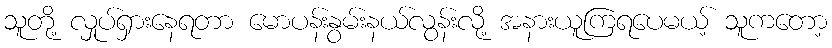
သူတို့ လှုပ်ရှားနေရတာ မောပန်းနွမ်းနယ်လွန်းလို့ အနားယူကြရပေမယ့် သူကတော့